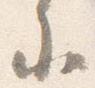
参